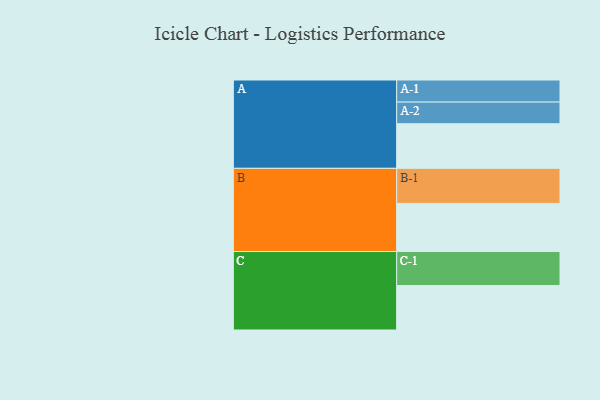
{"axis": {"x": "Segment", "y": "Value"}, "legend": ["", "A", "B", "C"], "data": [{"x": "A", "y": 380, "type": ""}, {"x": "B", "y": 410, "type": ""}, {"x": "C", "y": 379, "type": ""}, {"x": "A-1", "y": 188, "type": "A"}, {"x": "A-2", "y": 185, "type": "A"}, {"x": "B-1", "y": 299, "type": "B"}, {"x": "C-1", "y": 290, "type": "C"}]}